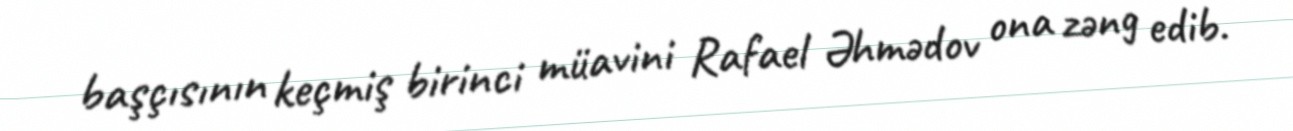
başçısının keçmiş birinci müavini Rafael Əhmədov ona zəng edib.